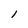
Character: l